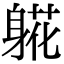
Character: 𬧧